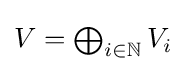
V=\textstyle \bigoplus _{i\in \mathbb {N} }V_{i}